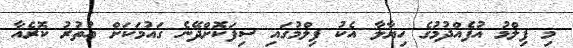
މި ފިލްމު އުފެއްދުމުގެ ހިޔާލާ އެކު ފިލްމުގައި ސިފަކޮށްދޭނެ ގައުމަކަށް އުތުރު ކޮރެއާ